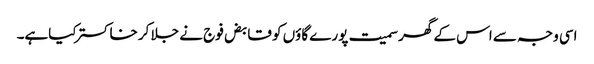
اسی وجہ سے اس کے گھر سمیت پورے گاؤں کو قابض فوج نے جلا کر خاکستر کیاہے۔